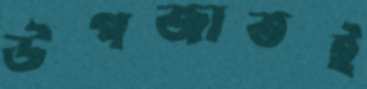
উপজাতই